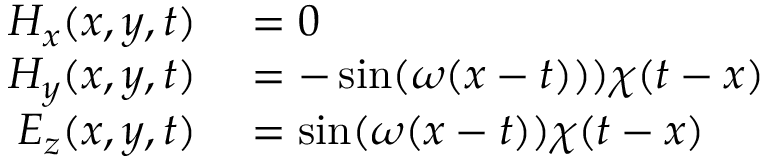
\begin{array} { r l } { H _ { x } ( x , y , t ) } & { { } = 0 } \\ { H _ { y } ( x , y , t ) } & { { } = - \sin ( \omega ( x - t ) ) ) \chi ( t - x ) } \\ { E _ { z } ( x , y , t ) } & { { } = \sin ( \omega ( x - t ) ) \chi ( t - x ) } \end{array}